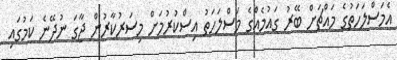
އެމަސްލަހަތުގެ މައްޗަށް ބޭރު ގައުމެއްގެ މަސްލަހަތު އިސްކުރުމަށް މިސަރުކާރުން ޖާގަ ނުދޭނެ ކަމުގައި